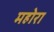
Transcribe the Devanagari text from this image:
महोरा